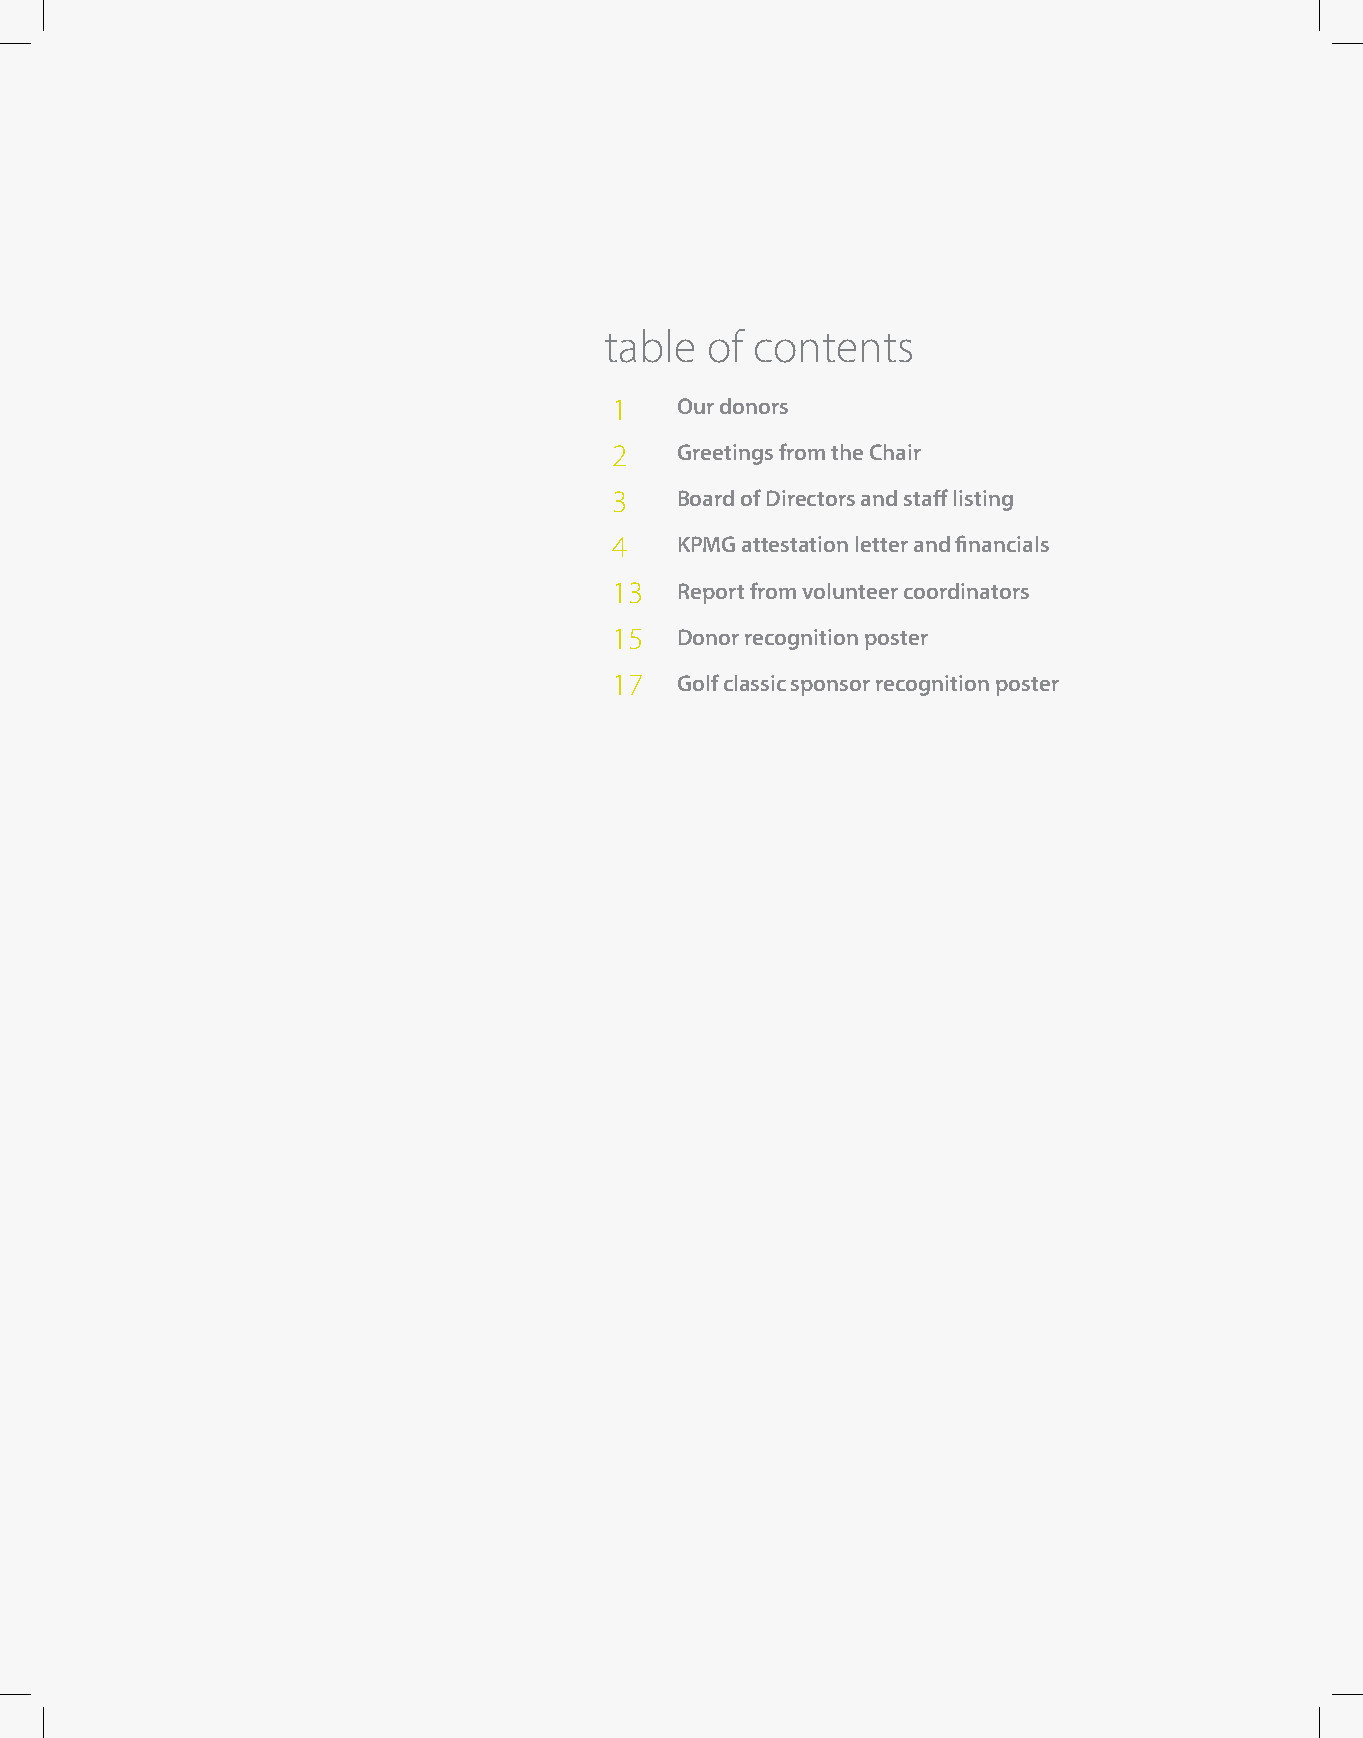
table  of contents
 1   Our donors
 2   Greetings from the Chair
 3   Board of Directors and staff listing
 4   KPMG attestation letter and financials
 13  Report from volunteer coordinators
 15  Donor recognition poster
 17  Golf classic sponsor recognition poster